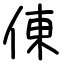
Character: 倲